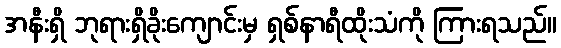
အနီးရှိ ဘုရားရှိခိုးကျောင်းမှ ရှစ်နာရီထိုးသံကို ကြားရသည်။